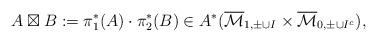
LaTeX: \begin{align*}A \boxtimes B:= \pi_1^*(A) \cdot \pi_2^*(B) \in A^*(\overline{\mathcal{M}}_{1,\pm\cup I} \times \overline{\mathcal{M}}_{0,\pm\cup I^c}),\end{align*}